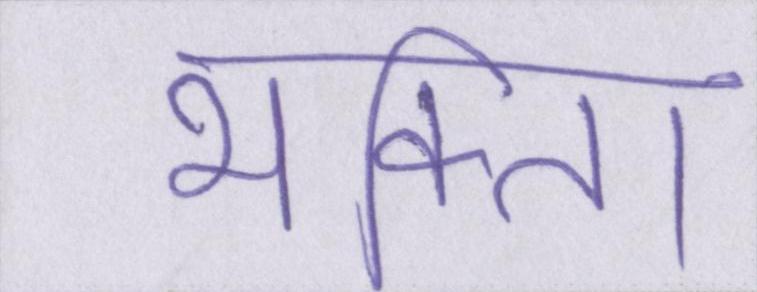
भक्ति।